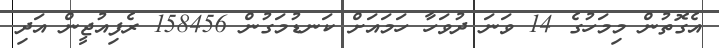
އެގޮތުން މިމަހުގެ 14 ވަނަ ދުވަހާ ހަމައަށް ކަނޑުމަގުން 158456 ރެފިއުޖީން އަދި